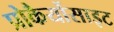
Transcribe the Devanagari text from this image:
प्रोकैर्योसाइट